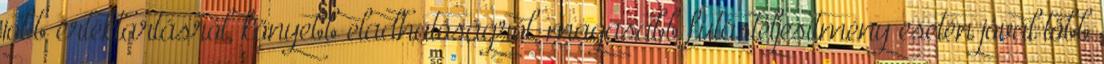
jobb értéktartásról, könyebb eladhatóságról, magasabb futásteljesítmény esetén jóval több